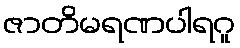
ဇာတိမရဏပါရဂူ